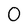
Character: 0